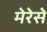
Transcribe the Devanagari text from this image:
मेरेसे